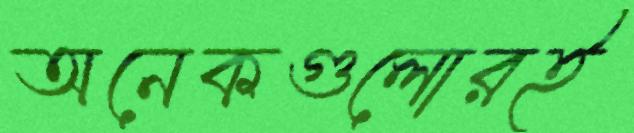
অনেকগুলোরই